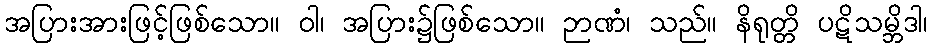
အပြားအားဖြင့်ဖြစ်သော။ ဝါ၊ အပြား၌ဖြစ်သော။ ဉာဏံ၊ သည်။ နိရုတ္တိ ပဋိသမ္ဘိဒါ၊